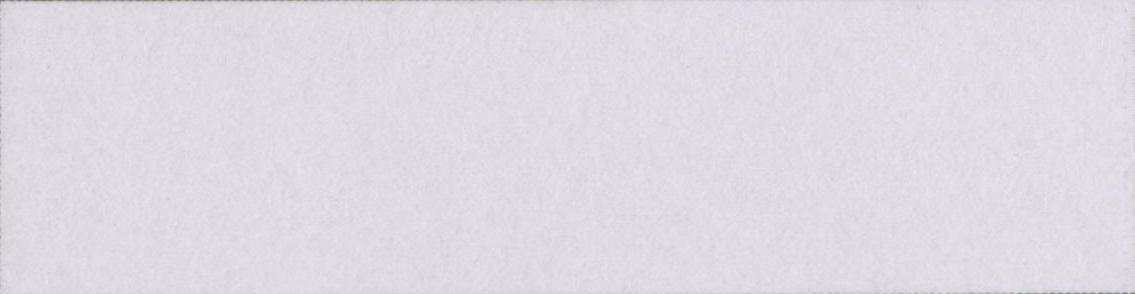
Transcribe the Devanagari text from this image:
गावों-देहात